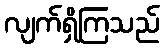
လျက်ရှိကြသည်